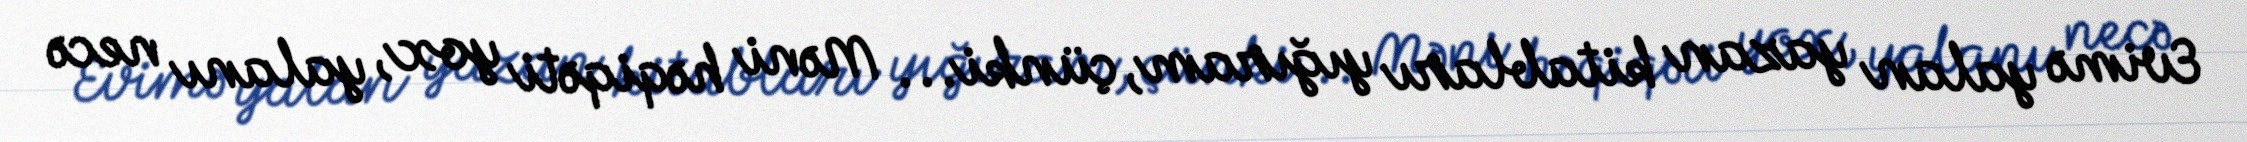
Evimə yalan yazan kitabları yığıram, çünki... Məni həqiqəti yox, yalanı necə